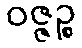
ဝဇ္ဇဉ္စ